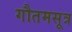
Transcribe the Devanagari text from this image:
गौतमसूत्र